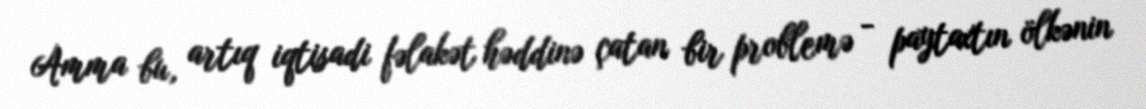
Amma bu, artıq iqtisadi fəlakət həddinə çatan bir problemə - paytaxtın ölkənin